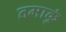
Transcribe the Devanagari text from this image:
तमाकुं